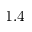
1 . 4